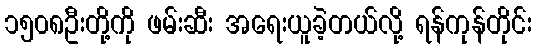
၁၅၀၈ဦးတို့ကို ဖမ်းဆီး အရေးယူခဲ့တယ်လို့ ရန်ကုန်တိုင်း